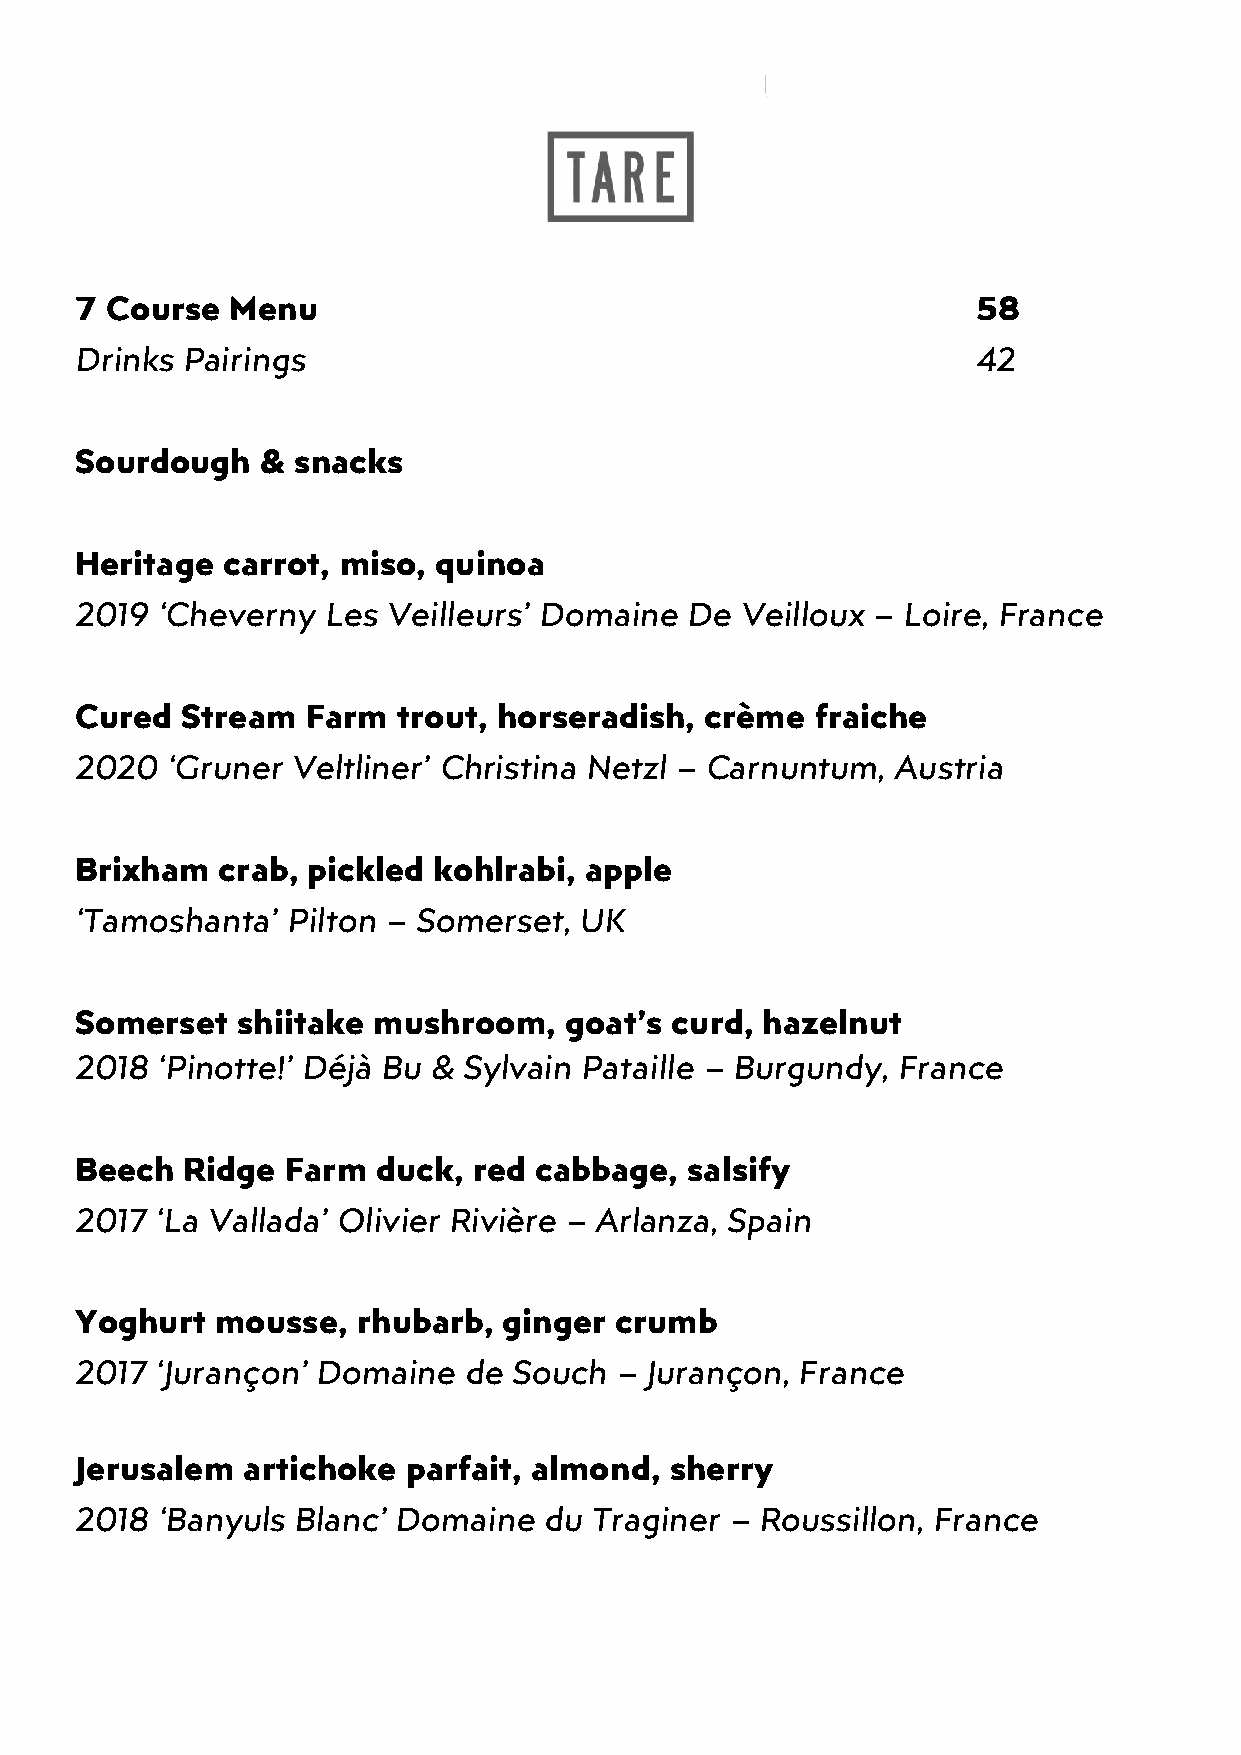
7 Course  Menu                                              58
 Drinks Pairings                                             42
 Sourdough   & snacks
 Heritage  carrot, miso, quinoa
 2019 ‘Cheverny  Les  Veilleurs’ Domaine De  Veilloux – Loire, France
 Cured  Stream  Farm  trout, horseradish,  crème  fraiche
 2020  ‘Gruner Veltliner’ Christina Netzl – Carnuntum, Austria
 Brixham  crab, pickled  kohlrabi, apple
 ‘Tamoshanta’  Pilton – Somerset, UK
 Somerset   shiitake mushroom,   goat’s curd, hazelnut
 2018 ‘Pinotte!’ Déjà Bu & Sylvain Pataille – Burgundy, France
 Beech  Ridge  Farm  duck, red cabbage,  salsify
 2017 ‘La Vallada’ Olivier Rivière – Arlanza, Spain
 Yoghurt  mousse,   rhubarb, ginger  crumb
 2017 ‘Jurançon’ Domaine   de Souch  – Jurançon, France
 Jerusalem  artichoke  parfait, almond, sherry
 2018 ‘Banyuls  Blanc’ Domaine  du Traginer – Roussillon, France